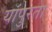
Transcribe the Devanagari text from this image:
यांपुरता